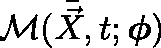
\mathcal { M } ( \bar { \vec { X } } , t ; \mathbf { \boldsymbol { \phi } } )